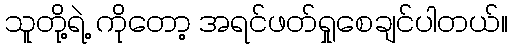
သူတို့ရဲ့ ကိုတော့ အရင်ဖတ်ရှုစေချင်ပါတယ်။